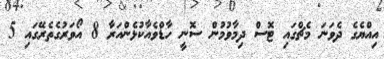
އިއްޔެގެ ދެވަނަ މެޗްގައި ޓޮސް ދިމާވުމުން ސޮނީ ހާޑްވެއާކުޅެންއަރާ 8 އޯވަރުގެތެރޭގައި 5